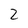
Character: 2